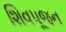
શિવપૂજન